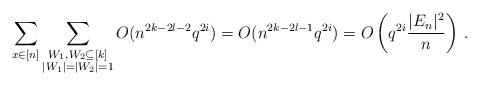
LaTeX: \begin{align*}\sum_{x\in [n]}\sum_{\substack{W_1,W_2\subseteq [k]\\|W_1|=|W_2|=1}}O(n^{2k-2\l-2}q^{2i})=O(n^{2k-2\l-1}q^{2i})=O\left(q^{2i}\frac{|E_n|^2}{n}\right)\,.\end{align*}